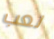
لعب